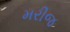
મરીજ